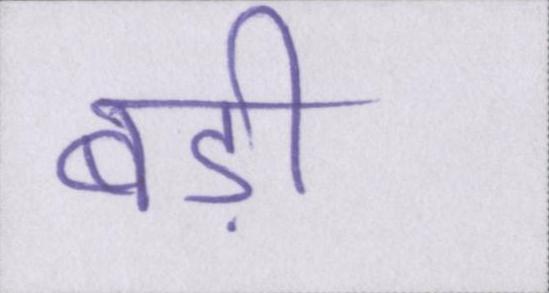
बड़ी